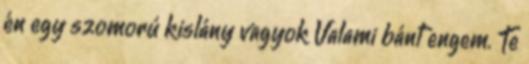
én egy szomorú kislány vagyok Valami bánt engem. Te